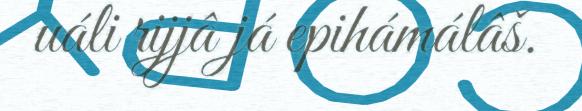
uáli rijjâ já epihámálâš.